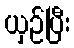
ယှဉ်ပြီး